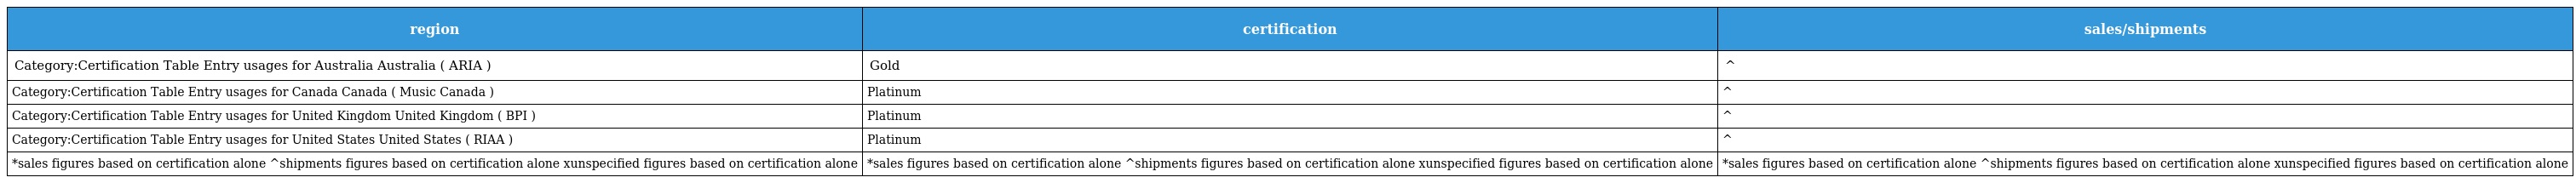
| region | certification | sales/shipments |
 | --- | --- | --- |
 | Category:Certification Table Entry usages for Australia Australia ( ARIA ) | Gold | ^ |
 | Category:Certification Table Entry usages for Canada Canada ( Music Canada ) | Platinum | ^ |
 | Category:Certification Table Entry usages for United Kingdom United Kingdom ( BPI ) | Platinum | ^ |
 | Category:Certification Table Entry usages for United States United States ( RIAA ) | Platinum | ^ |
 | *sales figures based on certification alone ^shipments figures based on certification alone xunspecified figures based on certification alone | *sales figures based on certification alone ^shipments figures based on certification alone xunspecified figures based on certification alone | *sales figures based on certification alone ^shipments figures based on certification alone xunspecified figures based on certification alone |